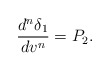
\begin{align*} \frac{d^n\delta_1}{dv^n}=P_2.\end{align*}